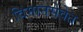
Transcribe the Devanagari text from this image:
विमानसेवेत